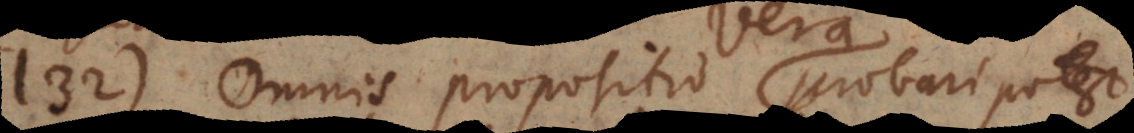
132) Omnis propositio probari potest